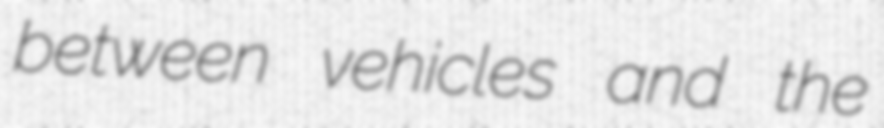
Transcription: between vehicles and the